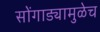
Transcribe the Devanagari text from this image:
सोंगाड्यामुळेच